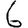
Digit: 6